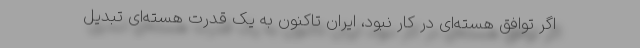
اگر توافق هسته‌ای در کار نبود، ایران تاکنون به یک قدرت هسته‌ای تبدیل